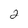
Character: 2